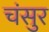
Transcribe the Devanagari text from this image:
चंसुर